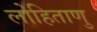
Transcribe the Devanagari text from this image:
लोहिताणु